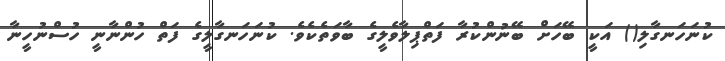
ކުނަހަނގާލި() އަކީ ބޭހަށް ބޭނުންކުރާ ފަތްޕިލާވެލީގެ ބާވަތެކެވެ. ކުނަހަނގާލީގެ ފަތް ހުންނާނީ ހުސްނުހީނާ